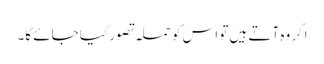
اگر وہ آتے ہیں تو اس کو حملہ تصور کیا جائے گا۔